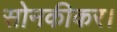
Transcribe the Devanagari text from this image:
सोनकीकर।